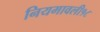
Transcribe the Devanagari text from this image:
नियमावली१८